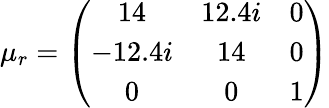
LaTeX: \mu_{r}=\left(\begin{array}{ccc}{14}&{12.4i}&{0}\\ {-12.4i}&{14}&{0}\\ {0}&{0}&{1}\end{array}\right)